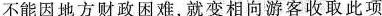
不能因地方财政困难，就变相向游客收取此项费用。